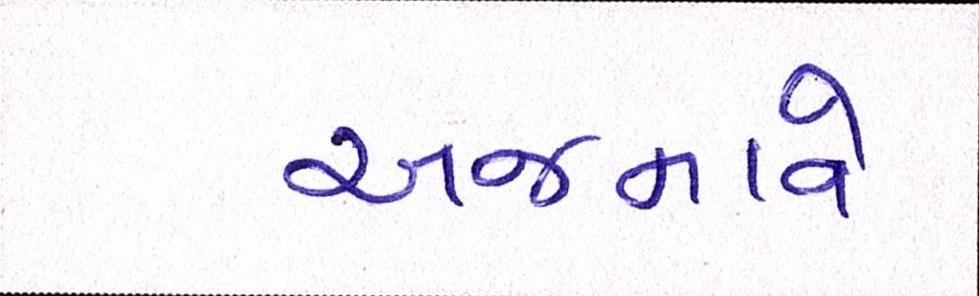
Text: અજમાવે